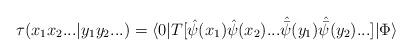
LaTeX: \begin{align*}\tau (x_1 x_2 ... | y_1 y_2 ...) = \langle 0 |T[{\hat \psi} (x_1) {\hat \psi} (x_2) ...{\hat {\bar \psi }} (y_1) {\hat {\bar \psi }} (y_2) ...] |\Phi \rangle\end{align*}